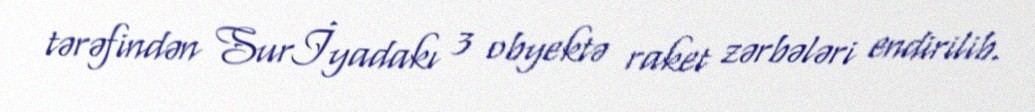
tərəfindən Surİyadakı 3 obyektə raket zərbələri endirilib.